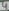
Text: 4